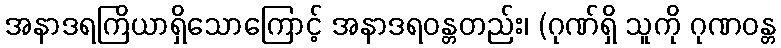
အနာဒရကြိယာရှိသောကြောင့် အနာဒရဝန္တတည်း၊ (ဂုဏ်ရှိ သူကို ဂုဏဝန္တ